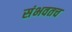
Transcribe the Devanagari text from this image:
संभवतच